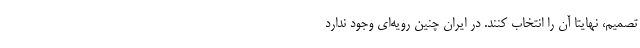
تصمیم، نهایتا آن را انتخاب کنند. در ایران چنین رویه‌ای وجود ندارد